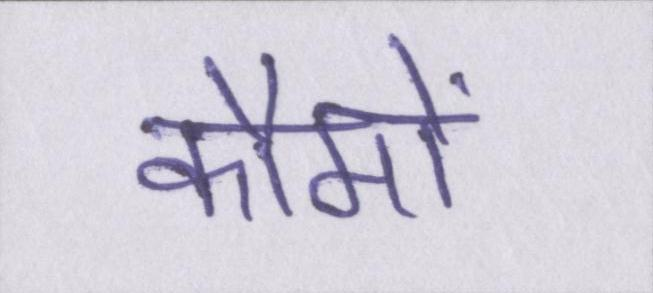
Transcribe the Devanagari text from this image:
कौमों